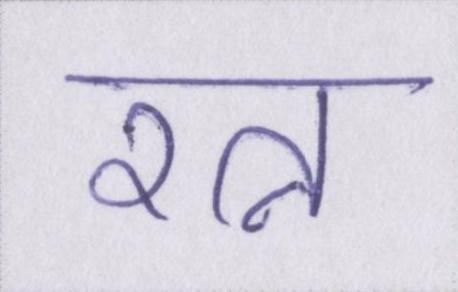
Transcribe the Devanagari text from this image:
रत्न